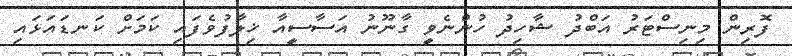
ފޮރިން މިނިސްޓަރު އަބްދު ޝާހިދު ހުންނެވީ ގާނޫނު އަސާސީއާ ޚިލާފުވެފައި ކަަމަށް ކަނޑައަޅައި